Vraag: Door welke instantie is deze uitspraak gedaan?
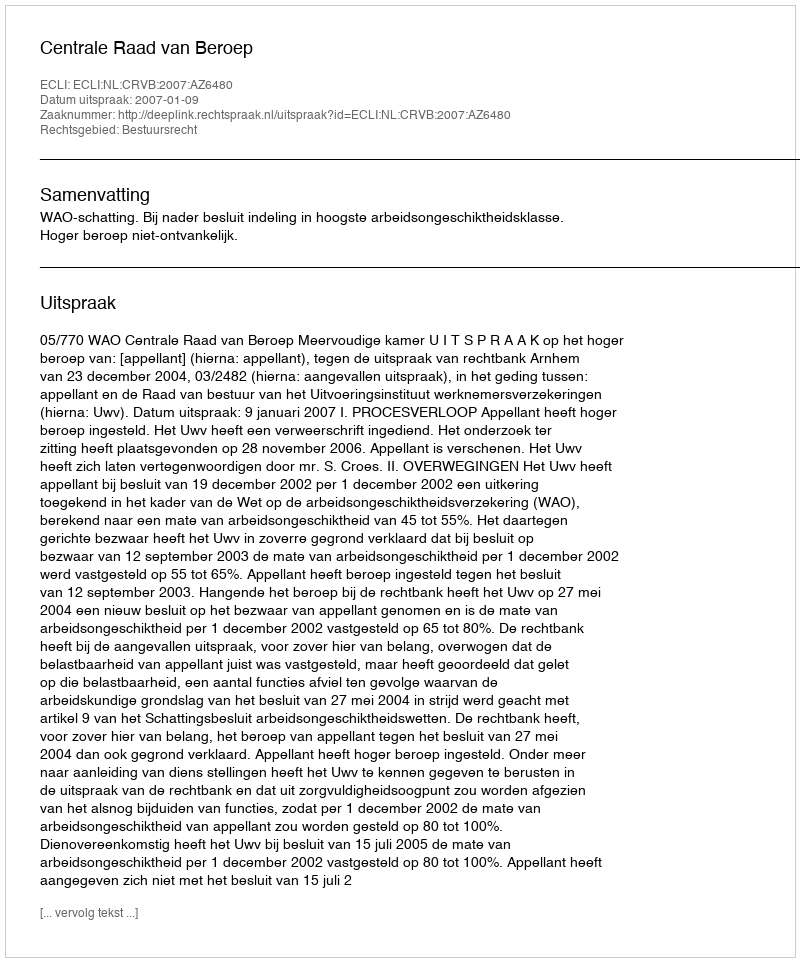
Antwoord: Centrale Raad van Beroep